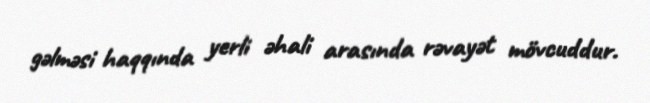
gəlməsi haqqında yerli əhali arasında rəvayət mövcuddur.